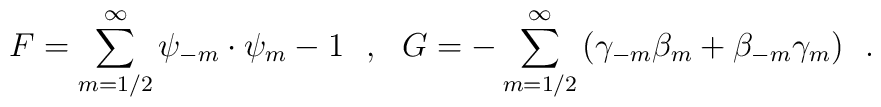
{F} = {\sum_{m=1/2}^{\infty}\psi_{-m} \cdot \psi_m}-1~~,~~{G} = {- \sum_{m=1/2}^{\infty}\left( \gamma_{-m}  \beta_m + \beta_{-m} \gamma_m\right)} ~~.